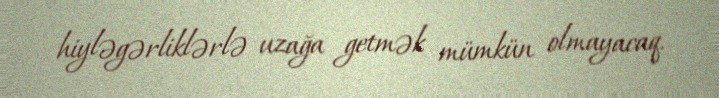
hiyləgərliklərlə uzağa getmək mümkün olmayacaq.